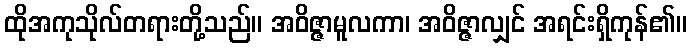
ထိုအကုသိုလ်တရားတို့သည်။ အဝိဇ္ဇာမူလကာ၊ အဝိဇ္ဇာလျှင် အရင်းရှိကုန်၏။